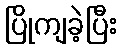
ပြိုကျခဲ့ပြီး